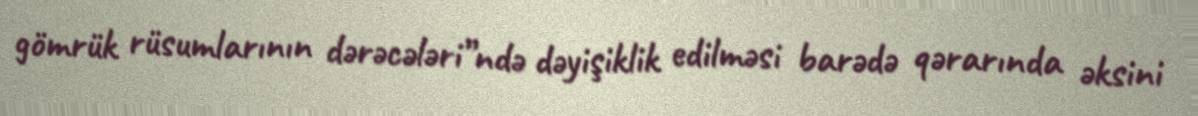
gömrük rüsumlarının dərəcələri”ndə dəyişiklik edilməsi barədə qərarında əksini